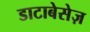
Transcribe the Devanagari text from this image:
डाटाबेसेज़